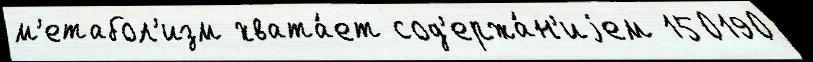
м'етабол'изм хвата́ет сод'ержа́н'иjем 150190